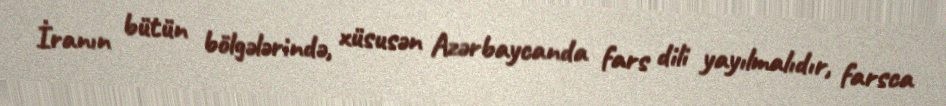
İranın bütün bölgələrində, xüsusən Azərbaycanda fars dili yayılmalıdır, farsca